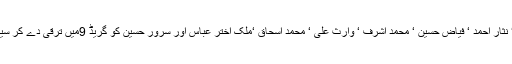
محمد شریف ‘ اقبال علی شاہ‘ نثار احمد ‘ فیاض حسین ‘ محمد اشرف ‘ وارث علی ‘ محمد اسحاق ‘ملک اختر عباس اور سرور حسین کو گریڈ 9میں ترقی دے کر سینئر سپروائزر بنا دیا گیا ہے۔